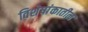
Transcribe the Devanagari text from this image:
विशेषांकातील